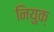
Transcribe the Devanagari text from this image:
नियुक्‍